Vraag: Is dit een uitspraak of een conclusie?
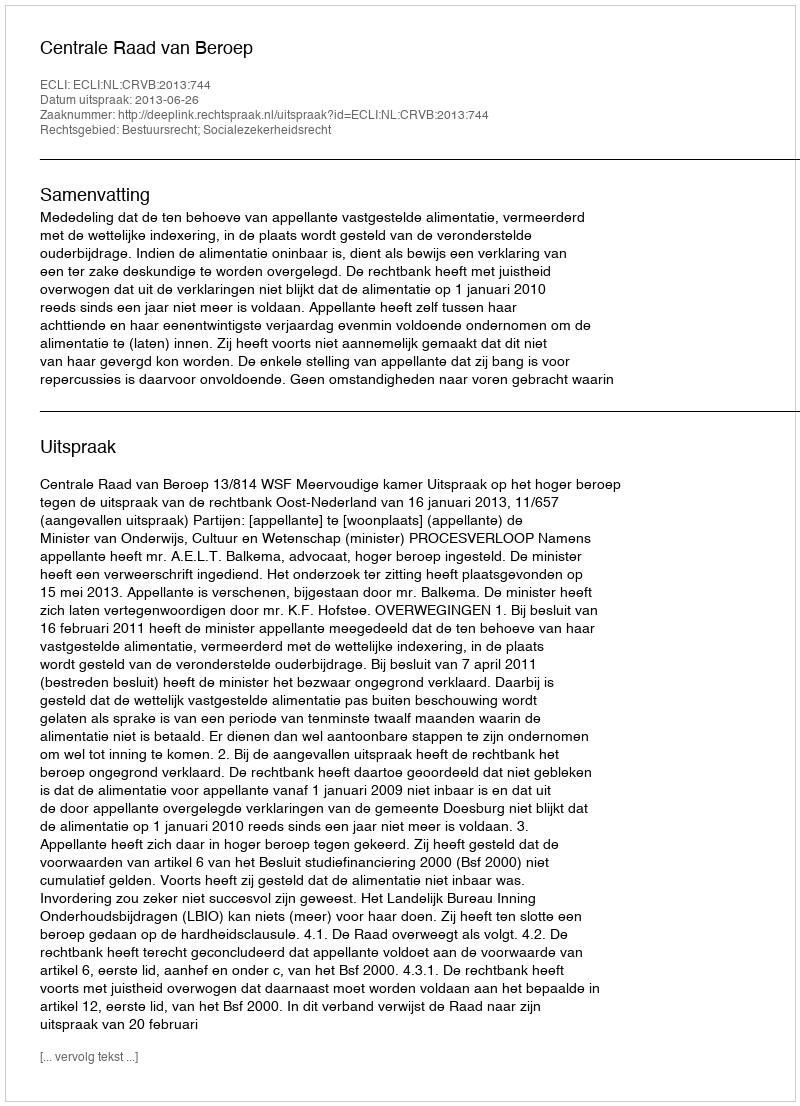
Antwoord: Uitspraak